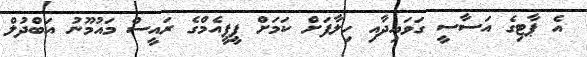
އެ ޕާޓިގެ އަސާސީ ގަވައިދާއި ހިލާފަށް ކަމަށް ޕީޕީއެމްގެ ރައީސް މައުމޫނު އަބްދުލް